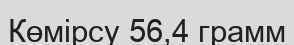
Көмірсу 56,4 грамм